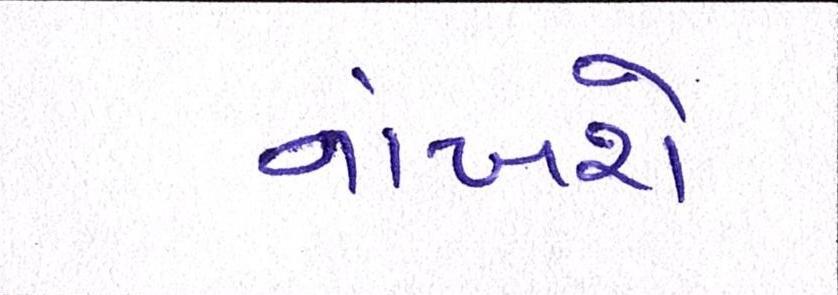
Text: નાંખશે